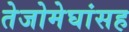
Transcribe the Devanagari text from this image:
तेजोमेघांसह